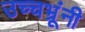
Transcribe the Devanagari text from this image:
उच्चभ्रूंनी